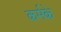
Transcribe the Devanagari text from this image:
कर्मके